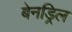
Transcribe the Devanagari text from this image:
बेनड्रिल